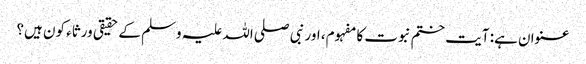
عنوان ہے: آیت ختم نبوت کا مفہوم، اور نبی صلی اللہ علیہ وسلم کے حقیقی ورثاء کون ہیں؟